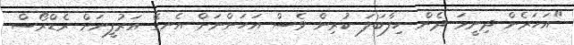
"އަހަރެން ދިނީމަ ދެން ހިފާބަލަ ކުރިން ވެސް އަހަންނަށް އެނގޭ އަރުފީނަށް ރެޑްރޯސް